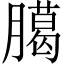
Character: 臈